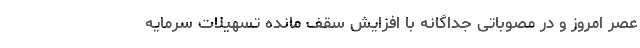
عصر امروز و در مصوباتی جداگانه با افزایش سقف مانده تسهیلات سرمایه